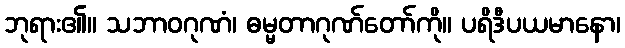
ဘုရား၏။ သဘာဝဂုဏံ၊ ဓမ္မတာဂုဏ်တော်ကို။ ပရိဒီပယမာနော၊